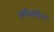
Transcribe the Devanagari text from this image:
स्मीथबील